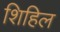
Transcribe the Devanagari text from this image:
शिहिल